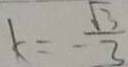
k = - \frac { \sqrt { 3 } } { 3 }